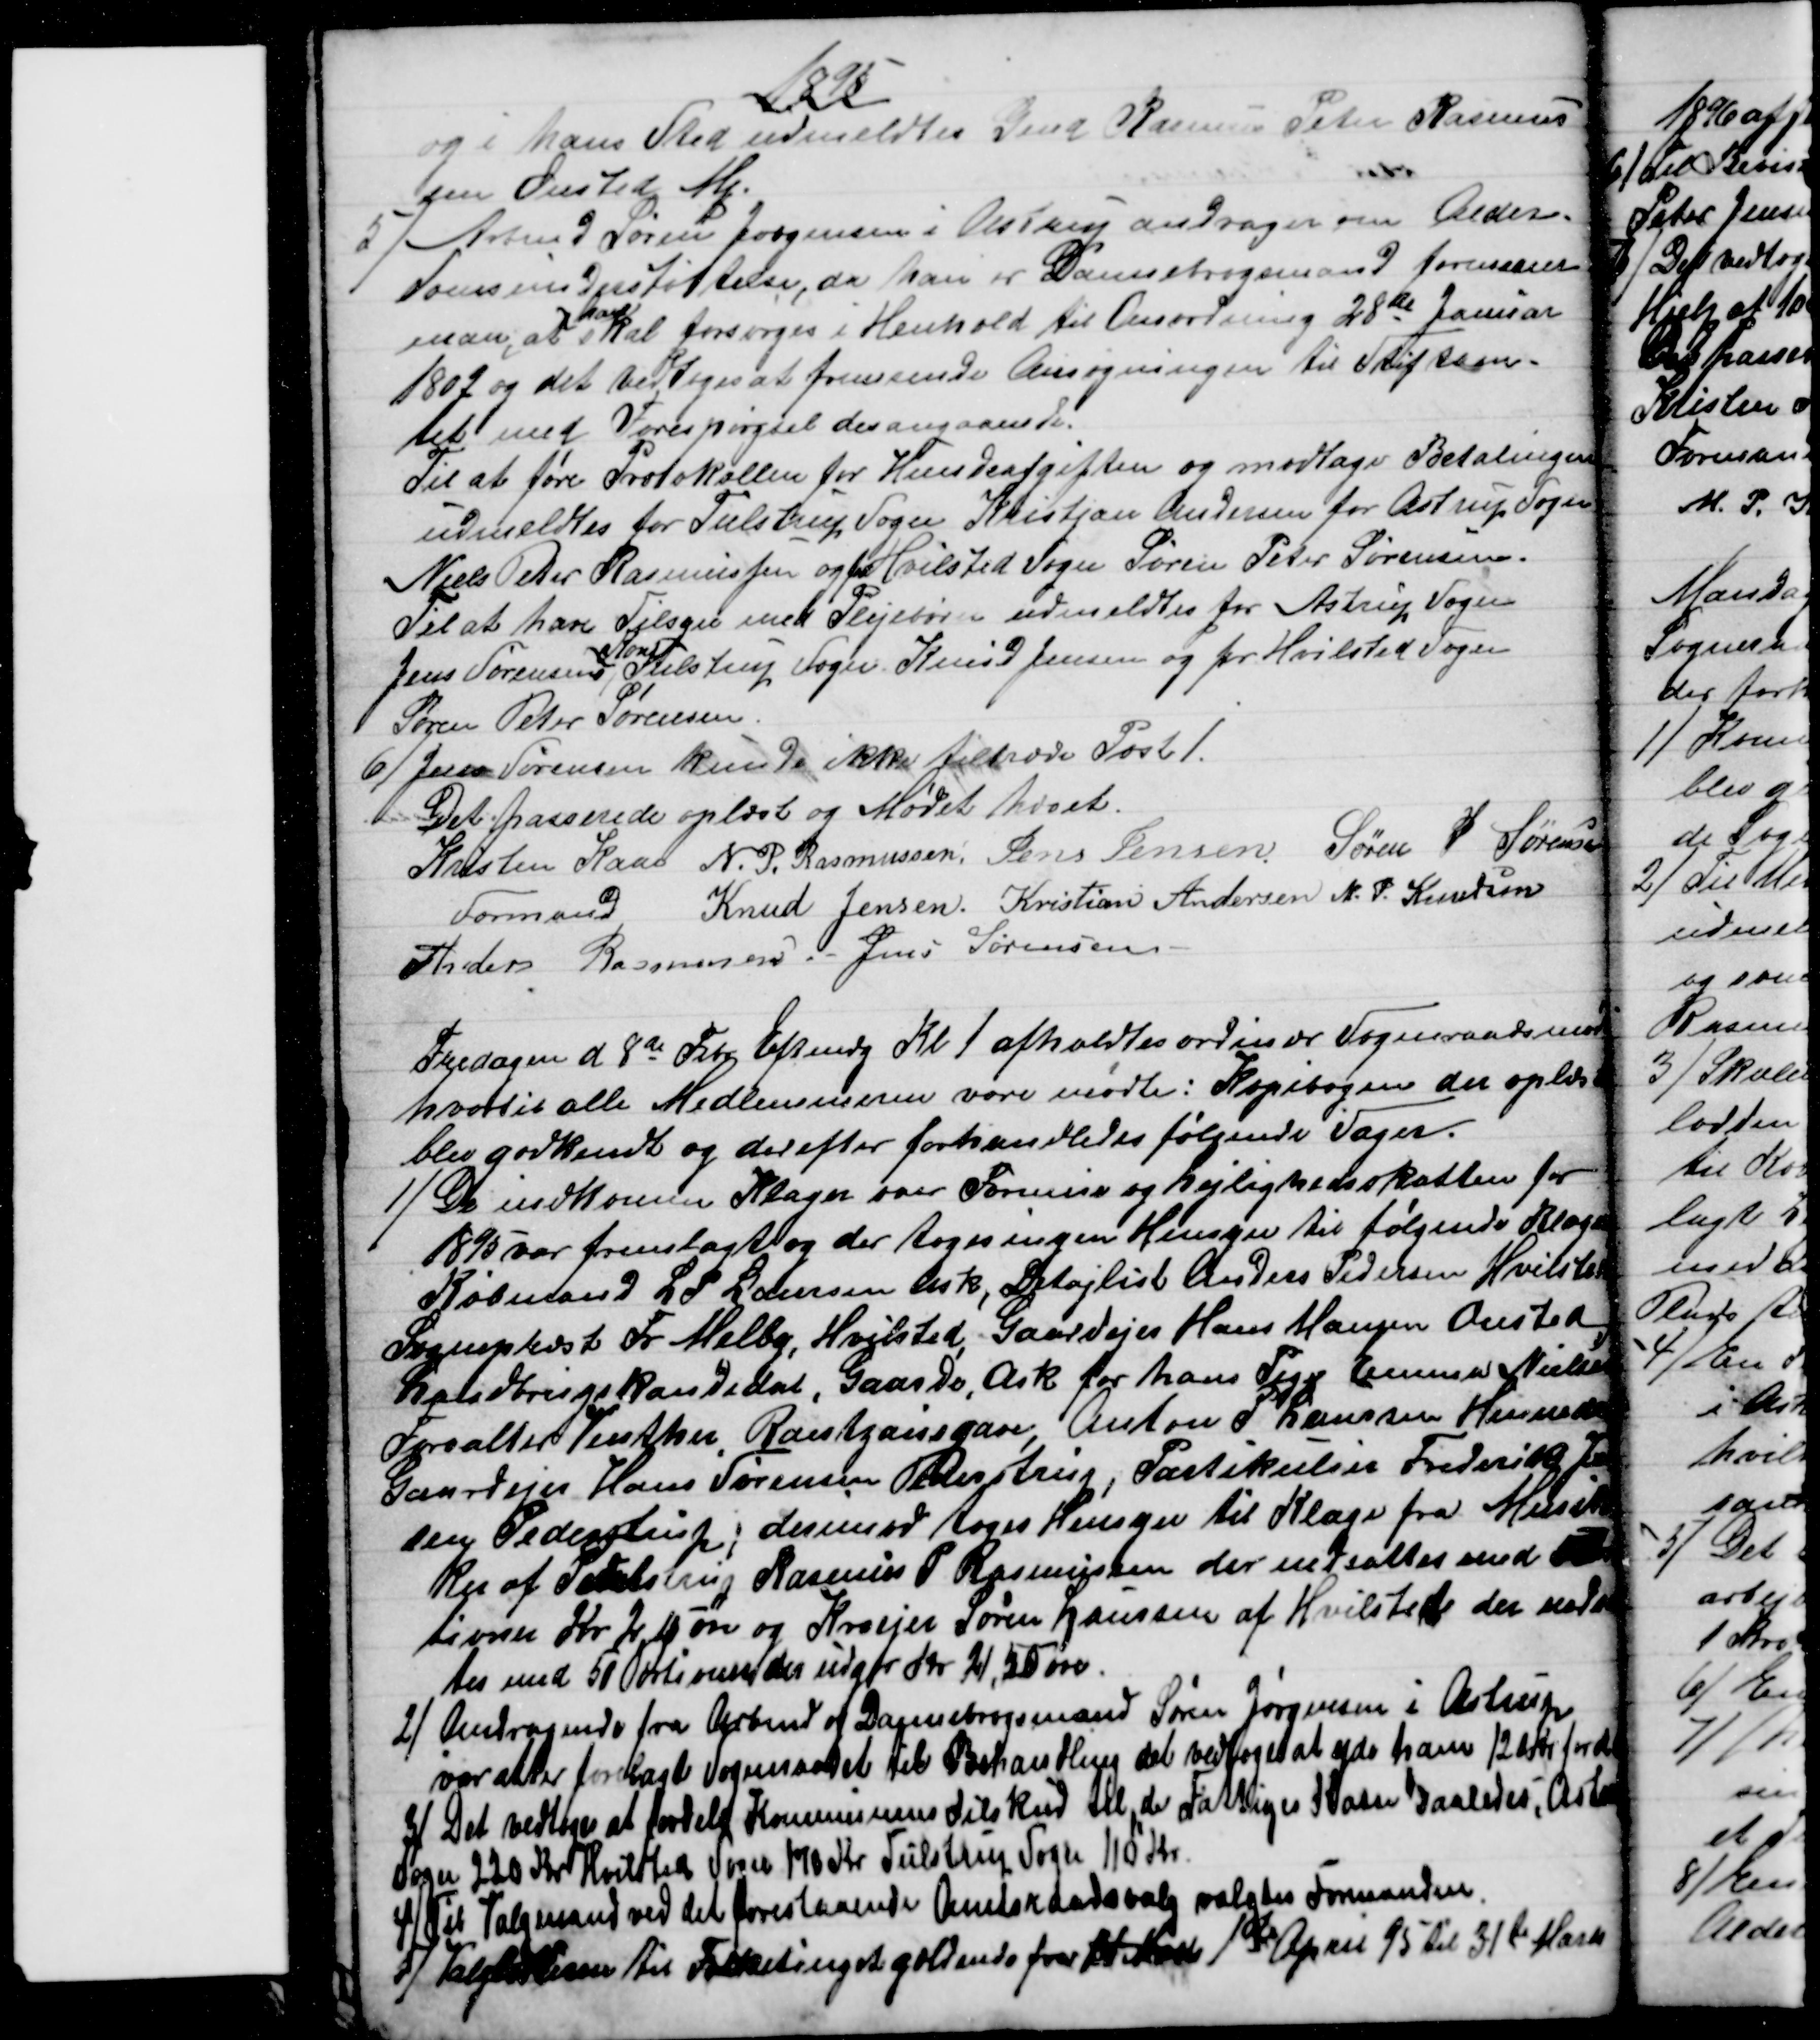
Transskription:
1895
og i hans Sted udmeldtes Gmd Rasmus Peter Rasmus
sen Onsted Mq.
5)
Arbmd Søren Jørgensen i Astrup andrager om Alder-
domsunderstøttelse, da han er Dannebrogsmand formener
man, at 
han
skal forsørges i Henhold til Anordning 28de Januar
1802 og det vedtoges at fremsende Ansøgningen til Stiftsam-
tet med Forespørgsel desangaaende.
Til at føre Protokollen for Hundeafgiften og modtage Betalingen
udmeldtes for Tulstrup Sogn Kristjan Andersen for Astrup Sogn
Niels Peter Rasmussen og for Hvilsted Sogn Søren Peter Sørensen.
Til at have Tilsyn med Plejebørn udmeldtes for Astrup Sogn
Jens Sørensens 
Kone
Tulstrup Sogn. Knud Jensen og for Hvilsted Sogn
Søren Peter Sørensen
6) 
Jens Sørensen kunde ikke tiltræde Post 1.
Det passerede oplæst og Mødet hævet.
Kristen Kaae 
Formand
N. P. Rasmussen. Jens Jensen. Søren P. Sørensen
Knud Jensen. Kristian Andersen N. P. Knudsen
Anders Rasmussen
Jens Sørensen
Fredagen d. 8de Febr Eftmdg Kl. 1 afholdtes ordinær Sogneraadsmøde
hvortil alle Medlemmerne vare mødte: Kopibogen der oplæst
blev godkendt og derefter forhandledes følgende Sager.
1)
De indkomne Klager over Formue og Lejlighedsskatten for
1895 var fremlagt og der toges ingen Hensyn til følgende Klager
Købmand L P Laursen Ask, Detajlist Anders Pedersen Hvilsted
Sognepræst Fr Melby, Hvilsted, Gaardejer Hans Hansen Onsted
Landbrugskandidat, Gaarde, Ask for hans Pige Emma Nielsen
Forvalter Vinther, Rantzausgave, Anton P Laursen Hinnedrup
Gaardejer Hans Sørensen Pederstrup, Partikulier Frederik Jen
sen Pederstrup; derimod toges Hensyn til Klage fra Musik
ker af Pederstrup Rasmus P. Rasmussen der nedsattes med 5 Por
tioner Kr. 2,15 øre og Kroejer Søren Laursen af Hvilsted der nedsat
tes med 50 Portioner, der udgør Kr. 21,50 øre.
2) 
 Andragende fra Arbmd og Dannebrogsmand Søren Jørgensen i Astrup
var atter forelagt Sogneraadet til Behandling det vedtoges at yde ham 120 Kr. for d A
3)
Det vedtoges at fordele Kommunens Tilskud til de Fattiges Kasse saaledes; Astrup
Sogn 220 Kr. Hvilsted Sogn 170 Kr. Tulstrup Sogn 110 Kr.
4)
Til Valgmand ved det forestaaende Amtsraadsvalg valgtes Formanden.
5) Valglisterne til Folketinget gældende fra 14 Marts 1st April 95 til 31te Marts